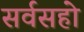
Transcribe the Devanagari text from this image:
सर्वसहो